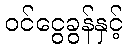
ဝင်ငွေခွန်နှင့်